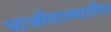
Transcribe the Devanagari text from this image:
भाजीपाल्यातील